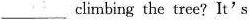
___climbing the tree?It's